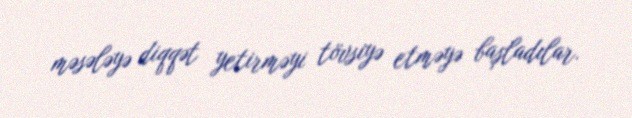
məsələyə diqqət yetirməyi tövsiyə etməyə başladılar.